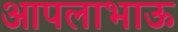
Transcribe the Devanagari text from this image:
आपलाभाऊ